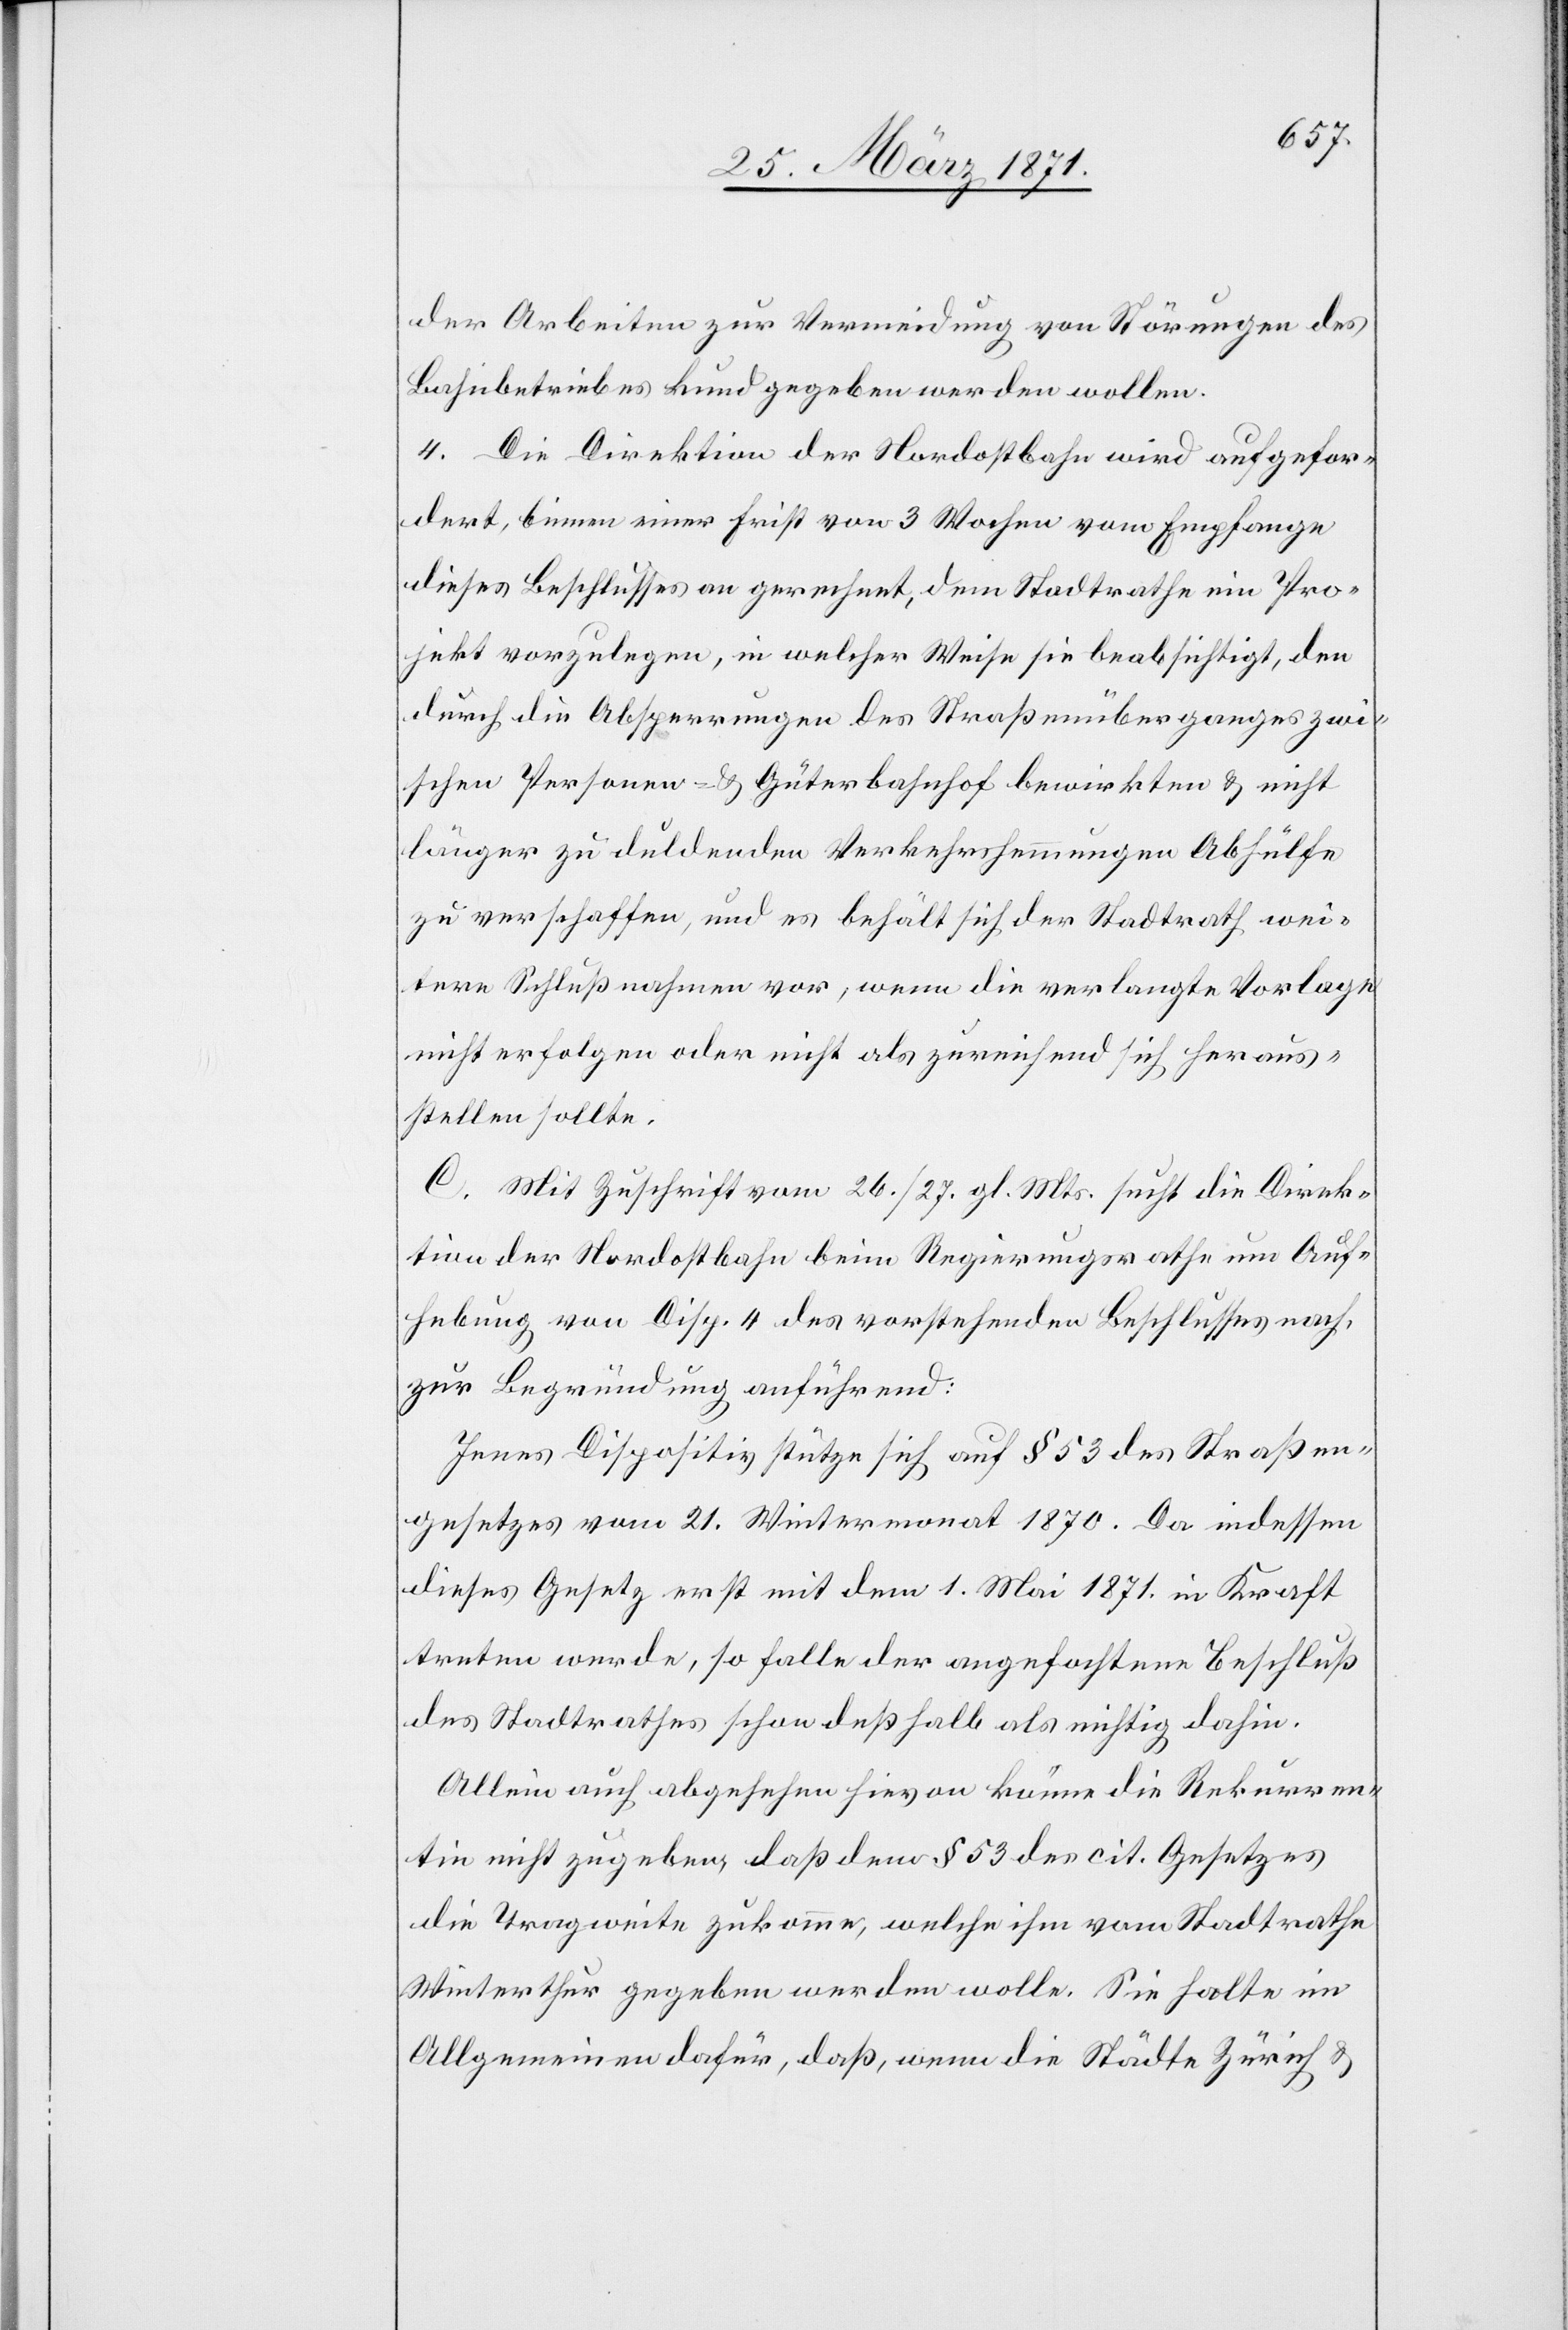
der Arbeiten zur Vermeidung von Störungen des
Bahnbetriebes kundgegeben werden wollen.
4. Die Direktion der Nordostbahn wird aufgefor¬
dert, binnen einer Frist von 3 Wochen vom Empfange
dieses Beschlusses an gerechnet, dem Stadtrathe ein Pro¬
jekt vorzulegen, in welcher Weise sie beabsichtigt, den
durch die Absperrungen des Straßenüberganges zwi¬
schen Personen- u. Güterbahnhof bewirkten u. nicht
länger zu duldenden Verkehrshemmungen Abhülfe
zu verschaffen, und es behält sich der Stadtrath wei¬
tere Schlußnahmen vor, wenn die verlangte Vorlage
nicht erfolgen oder nicht als zureichend sich heraus¬
stellen sollte.
C. Mit Zuschrift vom 26. / 27. gl. Mts. sucht die Direk¬
tion der Nordostbahn beim Regierungsrathe um Auf¬
hebung von Disp. 4 des vorstehenden Beschlusses nach,
zu Begründung anführend:
Jenes Dispositiv stütze sich auf § 53 des Straßen¬
gesetzes vom 21. Wintermonat 1870. Da indessen
dieses Gesetz erst mit dem 1. Mai 1871. in Kraft
treten werde, so falle der angefochtene Beschluß
des Stadtrathes schon deßhalb als nichtig dahin.
Allein auch abgesehen hievon könne die Rekurren¬
tin nicht zugeben, daß dem § 53 des cit. Gesetzes
die Tragweite zukomme, welche ihm vom Stadtrathe
Winterthur gegeben werden wolle. Sie halte im
Allgemeinen dafür, daß, wenn die Städte Zürich u.